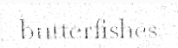
butterfishes